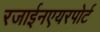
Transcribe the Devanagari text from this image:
रजाईनएयरपोर्ट